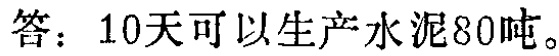
答：10天可以生产水泥80吨。